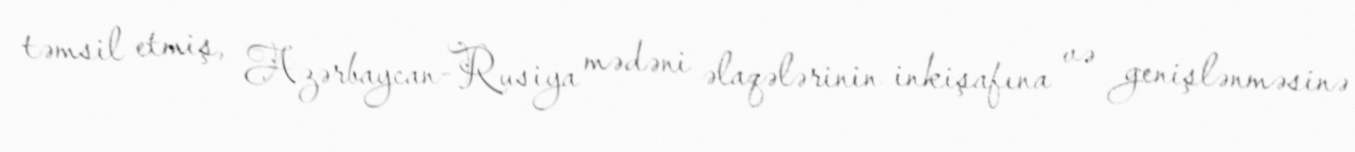
təmsil etmiş, Azərbaycan-Rusiya mədəni əlaqələrinin inkişafına və genişlənməsinə